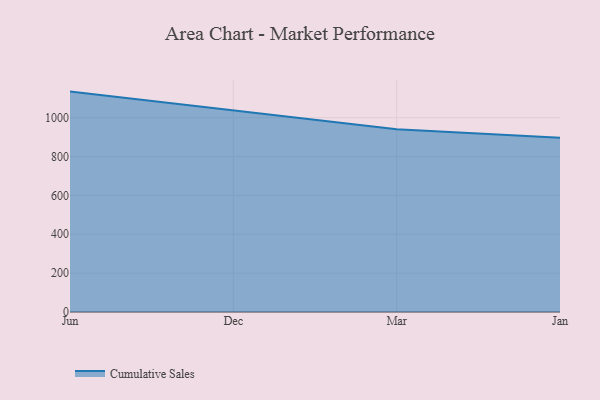
{"axis": {"x": "Month", "y": "Shipments"}, "legend": ["Cumulative Sales"], "data": [{"x": "Jun", "y": 1134.3, "type": "Cumulative Sales"}, {"x": "Dec", "y": 1037.7, "type": "Cumulative Sales"}, {"x": "Mar", "y": 940.6, "type": "Cumulative Sales"}, {"x": "Jan", "y": 897.3, "type": "Cumulative Sales"}]}